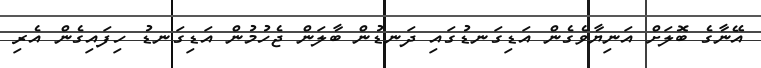
އޭނާގެ ބޮލަށް އަނިޔާވެގެން އަޑިގަނޑުގައި ދަނޑުން ބާލަން ޖެހުމުން އަޑިގަނޑު ހިފައިގެން އެރި